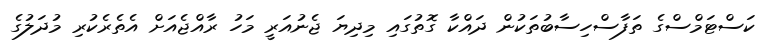
ކަސްޓަމްސްގެ ތަފާސްހިސާބުތަކުން ދައްކާ ގޮތުގައި މިދިޔަ ޖެނުއަރީ މަހު ރާއްޖެއަށް އެތެރެކުރި މުދަލުގެ